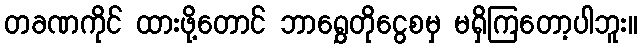
တခဏကိုင် ထားဖို့တောင် ဘာရွှေတိုငွေစမှ မရှိကြတော့ပါဘူး။